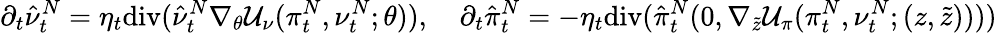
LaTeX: \partial_{t}\hat{\nu}_{t}^{N}=\eta_{t}\mathrm{div}(\hat{\nu}_{t}^{N}\nabla_{\theta}\mathcal{U}_{\nu}(\pi_{t}^{N},\nu_{t}^{N};\theta)),\quad\partial_{t}\hat{\pi}_{t}^{N}=-\eta_{t}\mathrm{div}(\hat{\pi}_{t}^{N}(0,\nabla_{\tilde{z}}\mathcal{U}_{\pi}(\pi_{t}^{N},\nu_{t}^{N};(z,\tilde{z}))))